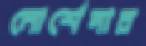
মোর্শেদার